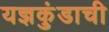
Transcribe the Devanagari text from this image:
यज्ञकुंडाची